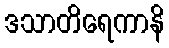
ဒသာတိရေကာနိ